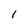
Character: l